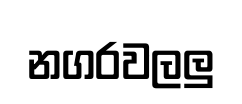
නගරවලලු